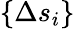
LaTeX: \{ \Delta s_{i}\}